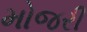
મોજરી